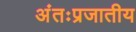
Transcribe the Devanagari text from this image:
अंतःप्रजातीय